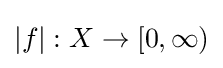
{\textstyle |f|:X\to [0,\infty )}